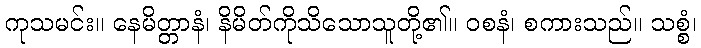
ကုသမင်း။ နေမိတ္တာနံ၊ နိမိတ်ကိုသိသောသူတို့၏။ ဝစနံ၊ စကားသည်။ သစ္စံ၊